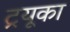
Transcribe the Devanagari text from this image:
ट्रयूका